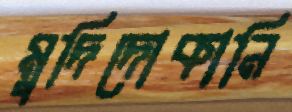
মুদিদোকানি